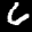
Label: 6